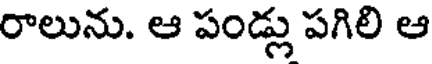
రాలును. ఆ పండ్లు పగిలి ఆ